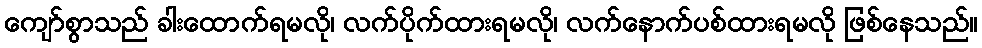
ကျော်စွာသည် ခါးထောက်ရမလို၊ လက်ပိုက်ထားရမလို၊ လက်နောက်ပစ်ထားရမလို ဖြစ်နေသည်။